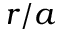
r / a